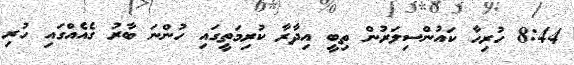
8:44 ހުރިހާ ކައުންސިލަރުން ތިބީ އިދާރާ ކުރިމަތީގައި ހުންނަ ބާރު ގެއެއްގައި ހުރި